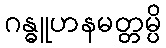
ဂန္ဓူဟနမတ္တမ္ပိ